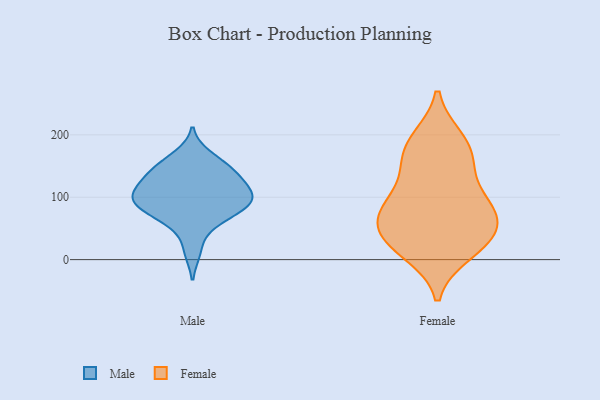
{"axis": {"x": "Operating Costs (USD K)", "y": "Value"}, "legend": ["Female", "Male"], "data": [{"x": "", "y": 135, "type": "Male"}, {"x": "", "y": 139, "type": "Male"}, {"x": "", "y": 109, "type": "Male"}, {"x": "", "y": 90, "type": "Male"}, {"x": "", "y": 97, "type": "Male"}, {"x": "", "y": 99, "type": "Male"}, {"x": "", "y": 13, "type": "Male"}, {"x": "", "y": 69, "type": "Male"}, {"x": "", "y": 154, "type": "Male"}, {"x": "", "y": 143, "type": "Male"}, {"x": "", "y": 121, "type": "Male"}, {"x": "", "y": 75, "type": "Male"}, {"x": "", "y": 167, "type": "Male"}, {"x": "", "y": 93, "type": "Male"}, {"x": "", "y": 114, "type": "Male"}, {"x": "", "y": 54, "type": "Male"}, {"x": "", "y": 89, "type": "Male"}, {"x": "", "y": 45, "type": "Female"}, {"x": "", "y": 76, "type": "Female"}, {"x": "", "y": 193, "type": "Female"}, {"x": "", "y": 13, "type": "Female"}, {"x": "", "y": 10, "type": "Female"}, {"x": "", "y": 77, "type": "Female"}, {"x": "", "y": 82, "type": "Female"}, {"x": "", "y": 89, "type": "Female"}, {"x": "", "y": 194, "type": "Female"}, {"x": "", "y": 168, "type": "Female"}, {"x": "", "y": 33, "type": "Female"}, {"x": "", "y": 37, "type": "Female"}, {"x": "", "y": 156, "type": "Female"}, {"x": "", "y": 145, "type": "Female"}, {"x": "", "y": 102, "type": "Female"}, {"x": "", "y": 48, "type": "Female"}]}